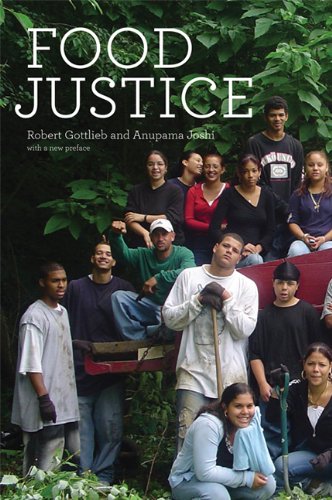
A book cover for Food Justice (Food, Health, and the Environment); Robert Gottlieb; Science & Math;